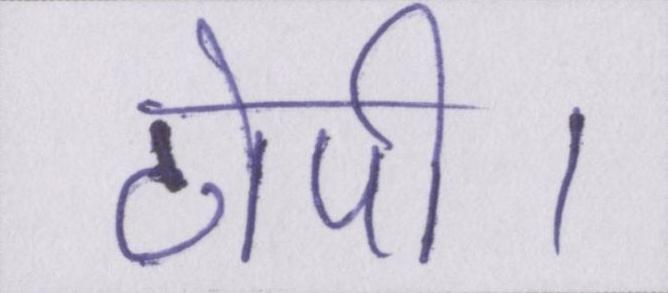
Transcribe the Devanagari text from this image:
टोपी।